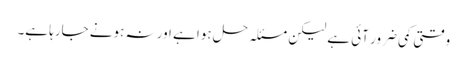
وقتی کمی ضرور آئی ہے لیکن مسئلہ حل ہوا ہے اور نہ ہونے جارہا ہے۔